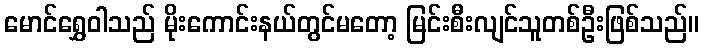
မောင်ရွှေဝါသည် မိုးကောင်းနယ်တွင်မတော့ မြင်းစီးလျင်သူတစ်ဦးဖြစ်သည်။